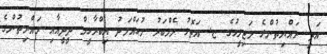
އަދި ރައްޔިތުންގެ މަޖިލީހުގެ ޏ. އަތޮޅު މެމްބަރު މުޙައްމަދު އިބްރާހީމް ދީދީއާއި ރައްޔިތުންގެ